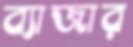
ব্যাজার